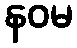
နဝမ